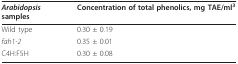
| Arabidopsis samples | Concentration of total phenolics, mg TAE/ml3 |
 | --- | --- |
 | Wild type | 0.30 ± 0.19 |
 | fah1-2 | 0.35 ± 0.01 |
 | C4H:F5H | 0.30 ± 0.08 |